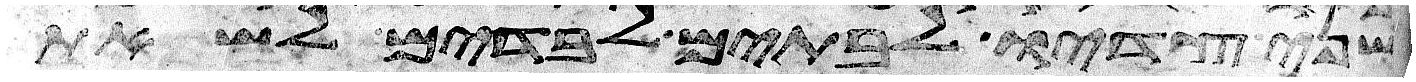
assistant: שני צדיו לבתים לבדים לשאת